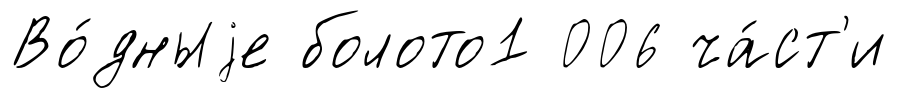
Во́дныjе болото1 006 ча́ст'и